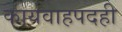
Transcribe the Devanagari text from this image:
कार्यवाहपदही